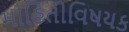
માહિતીવિષયક